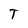
Character: T